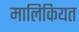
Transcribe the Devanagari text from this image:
मालिकियत